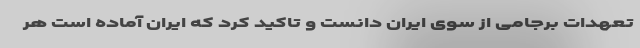
تعهدات برجامی از سوی ایران دانست و تاکید کرد که ایران آماده است هر